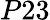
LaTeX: P23